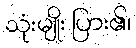
သုံးမျိုး ပြား၏၊